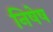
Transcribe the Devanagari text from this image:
निषेष